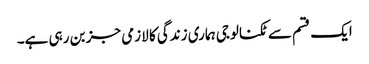
ایک قسم سے ٹکنالوجی ہماری زندگی کا لازمی جز بن رہی ہے۔